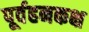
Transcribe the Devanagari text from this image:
पूर्वहनकक्ष